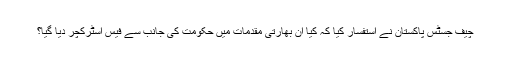
چیف جسٹس پاکستان نے استفسار کیا کہ کیا ان بھارتی مقدمات میں حکومت کی جانب سے فیس اسٹرکچر دیا گیا؟